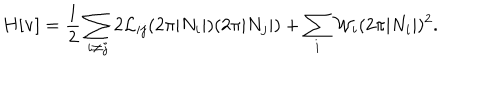
LaTeX: H [ { \bf v } ] = \frac { 1 } { 2 } \sum _ { i \neq j } 2 { \cal L } _ { i j } ( 2 \pi | N _ { i } | ) ( 2 \pi | N _ { j } | ) + \sum _ { i } { \cal W } _ { i } ( 2 \pi | N _ { i } | ) ^ { 2 } .